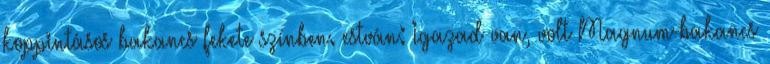
koppintásos bakancs fekete színben. estván: Igazad van, volt Magnum-bakancs